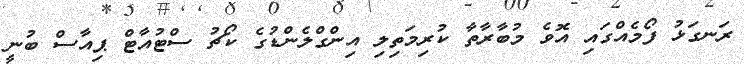
ރަނގަޅު ފޯމެއްގައި އޮވެ މުބާރާތާ ކުރިމަތިލި އިންގްލެންޑުގެ ކޯޗު ސްޓުއާޓް ޕިއާސް ބުނީ